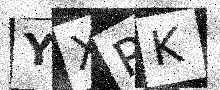
Text: YXPK